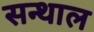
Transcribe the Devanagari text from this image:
सन्थाल